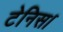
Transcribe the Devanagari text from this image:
टेनिस।